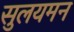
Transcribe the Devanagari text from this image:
सुलयमन